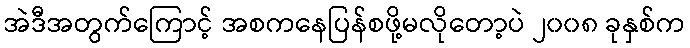
အဲဒီအတွက်ကြောင့် အစကနေပြန်စဖို့မလိုတော့ပဲ ၂၀၀၈ ခုနှစ်က